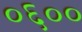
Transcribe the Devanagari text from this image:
०६००